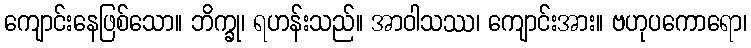
ကျောင်းနေဖြစ်သော။ ဘိက္ခု၊ ရဟန်းသည်။ အာဝါသဿ၊ ကျောင်းအား။ ဗဟုပကောရော၊